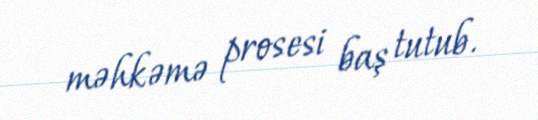
məhkəmə prosesi baş tutub.